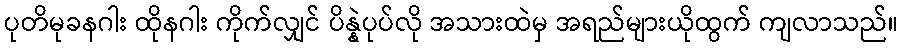
ပုတိမုခနဂါး ထိုနဂါး ကိုက်လျှင် ပိန္နဲပုပ်လို အသားထဲမှ အရည်များယိုထွက် ကျလာသည်။